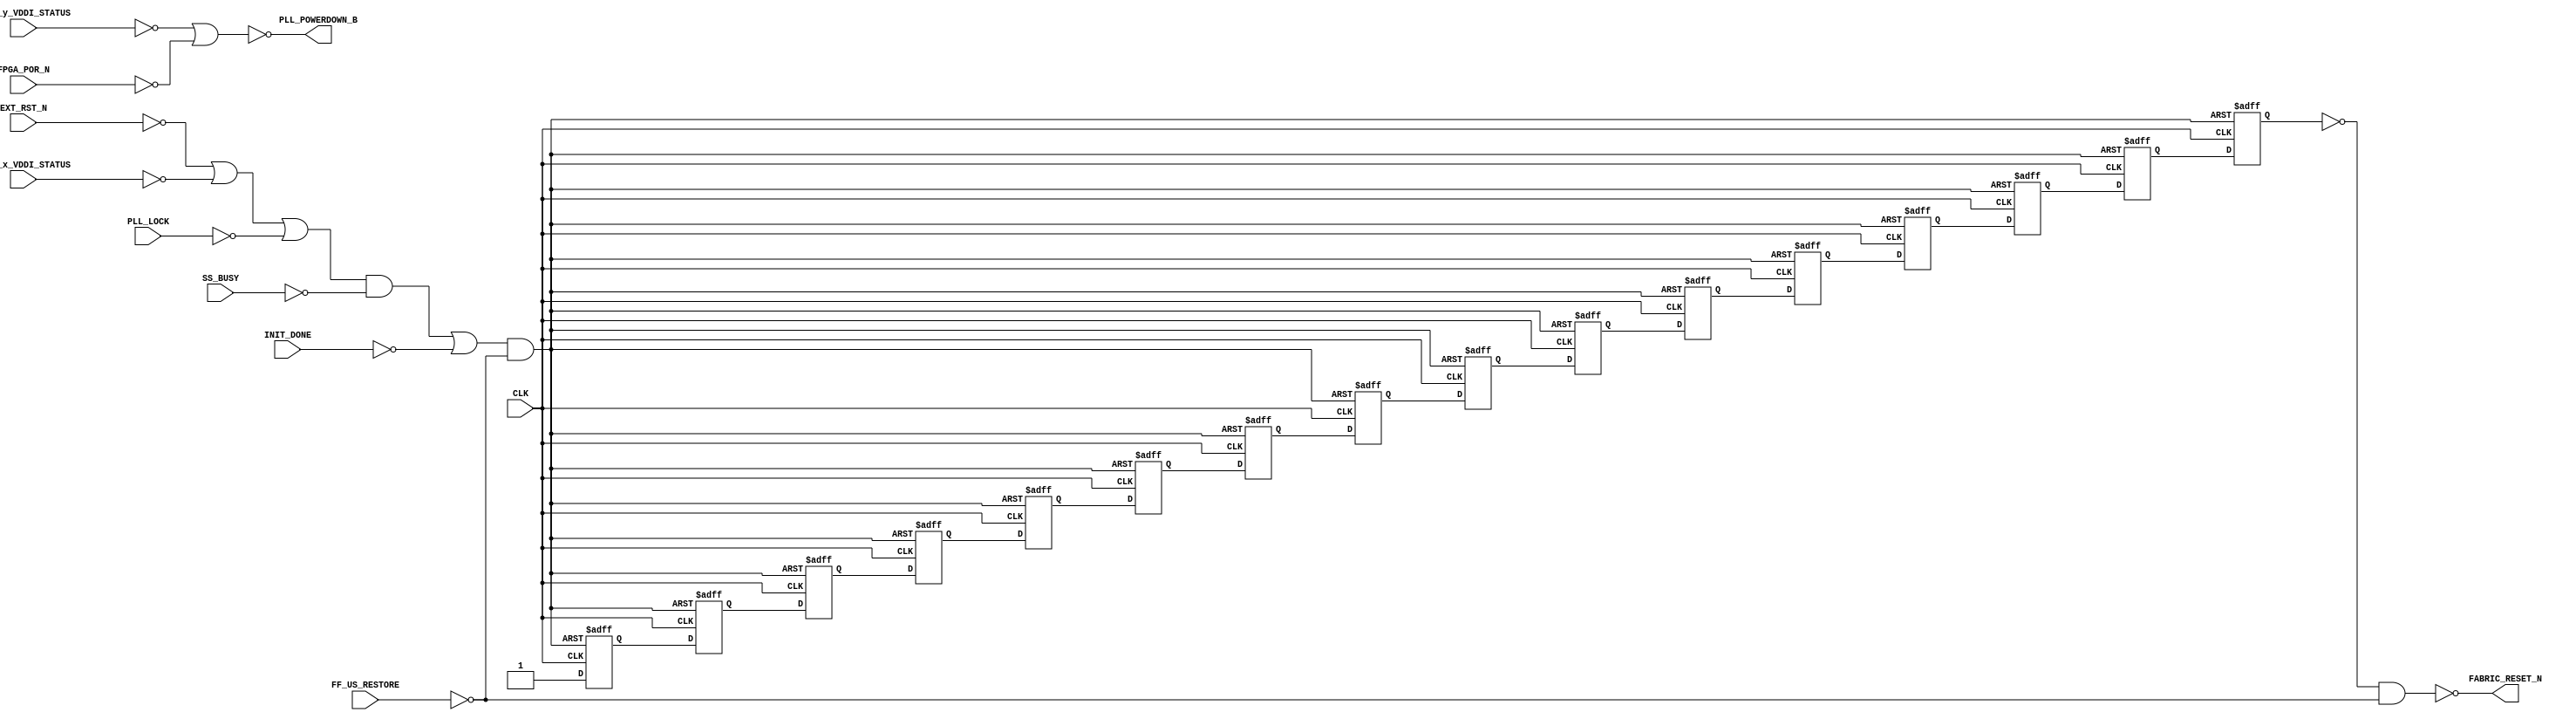
///////////////////////////////////////////////////////////////////////////////////////////////////
// Company: <Name>
//
// File history:
//      <Revision number>: <Date>: <Comments>
//      <Revision number>: <Date>: <Comments>
//      <Revision number>: <Date>: <Comments>
//
// Description: 
//
// <Description here>
//
// Targeted device: <Family::PolarFire> <Die::MPF300T_ES> <Package::FCG1152>
//
/////////////////////////////////////////////////////////////////////////////////////////////////// 

//`timescale <time_units> / <precision>

module CORERESET_CORERESET_0_CORERESET_PF(CLK, EXT_RST_N, BANK_x_VDDI_STATUS,BANK_y_VDDI_STATUS,PLL_LOCK,SS_BUSY, INIT_DONE, FF_US_RESTORE,FPGA_POR_N, PLL_POWERDOWN_B, FABRIC_RESET_N);
input  CLK,EXT_RST_N, BANK_x_VDDI_STATUS, PLL_LOCK, SS_BUSY, INIT_DONE, FF_US_RESTORE, BANK_y_VDDI_STATUS, FPGA_POR_N;
output PLL_POWERDOWN_B, FABRIC_RESET_N;

wire A;
wire B;
wire C;
wire D;

wire INTERNAL_RST;

reg dff_0 = 1'b1;
reg dff_1 = 1'b1;
reg dff_2 = 1'b1;
reg dff_3 = 1'b1;
reg dff_4 = 1'b1;
reg dff_5 = 1'b1;
reg dff_6 = 1'b1;
reg dff_7 = 1'b1;
reg dff_8 = 1'b1;
reg dff_9 = 1'b1;
reg dff_10 = 1'b1;
reg dff_11 = 1'b1;
reg dff_12 = 1'b1;
reg dff_13 = 1'b1;
reg dff_14 = 1'b1;
reg dff_15 = 1'b1;


assign A = !(!EXT_RST_N  | !BANK_x_VDDI_STATUS);
assign B = !(!A | !PLL_LOCK);
assign C = !(!B & !SS_BUSY);
assign D = !(!C | !INIT_DONE);
assign INTERNAL_RST = !(!D & !FF_US_RESTORE);
assign PLL_POWERDOWN_B = !(!BANK_y_VDDI_STATUS | !FPGA_POR_N);


always@(posedge CLK or negedge INTERNAL_RST)
begin
   if (!INTERNAL_RST)
      begin
         dff_0 <= 1'b0;
         dff_1 <= 1'b0;
         dff_2 <= 1'b0;
         dff_3 <= 1'b0;
         dff_3 <= 1'b0;
         dff_4 <= 1'b0;
         dff_5 <= 1'b0;
         dff_6 <= 1'b0;
         dff_7 <= 1'b0;
         dff_8 <= 1'b0;
         dff_9 <= 1'b0;
         dff_10 <= 1'b0;
         dff_11 <= 1'b0;
         dff_12 <= 1'b0;
         dff_13 <= 1'b0;
         dff_14 <= 1'b0;
         dff_15 <= 1'b0;
      end
   else
      begin
         dff_0 <= 1'b1;
         dff_1 <= dff_0;
         dff_2 <= dff_1;
         dff_3 <= dff_2;
         dff_4 <= dff_3;
         dff_5 <= dff_4;
         dff_6 <= dff_5;
         dff_7 <= dff_6;
         dff_8 <= dff_7;
         dff_9 <= dff_8;
         dff_10 <= dff_9;
         dff_11 <= dff_10;
         dff_12 <= dff_11;
         dff_13 <= dff_12;
         dff_14 <= dff_13;
         dff_15 <= dff_14;
        end
end

assign FABRIC_RESET_N = !(!dff_15 & !FF_US_RESTORE);

endmodule